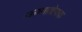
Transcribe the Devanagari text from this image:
ऊष्माक्षेपक